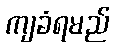
ကျခံရမည်